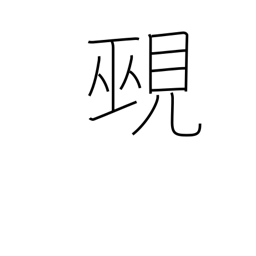
Meaning: diviner